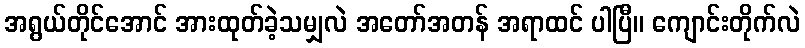
အရွယ်တိုင်အောင် အားထုတ်ခဲ့သမျှလဲ အတော်အတန် အရာထင် ပါပြီ။ ကျောင်းတိုက်လဲ